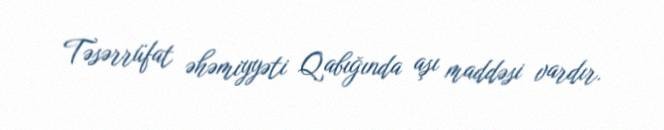
Təsərrüfat əhəmiyyəti Qabığında aşı maddəsi vardır.